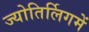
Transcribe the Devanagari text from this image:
ज्योतिर्लिगमें